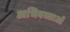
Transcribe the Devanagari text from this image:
अभिवक्ताओं